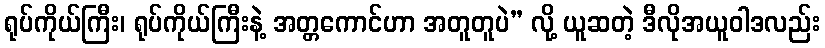
ရုပ်ကိုယ်ကြီး၊ ရုပ်ကိုယ်ကြီးနဲ့ အတ္တကောင်ဟာ အတူတူပဲ” လို့ ယူဆတဲ့ ဒီလိုအယူဝါဒလည်း